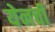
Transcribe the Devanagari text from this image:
येनची